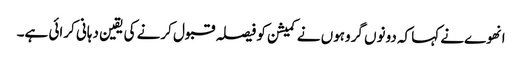
انهوےنے کہا کہ دونوں گروہوں نے کمیشن کو فیصلہ قبول کرنے کی یقین دہانی کرائی ہے۔